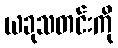
ယခုသတင်းကို